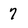
Character: 7